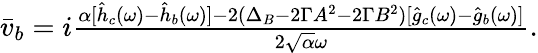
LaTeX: \begin{array}{r}{\bar{v}_{b}=i\frac{\alpha[\hat{h}_{c}(\omega)-\hat{h}_{b}(\omega)]-2(\Delta_{B}-2\Gamma A^{2}-2\Gamma B^{2})[\hat{g}_{c}(\omega)-\hat{g}_{b}(\omega)]}{2\sqrt{\alpha}\omega}.}\end{array}